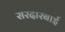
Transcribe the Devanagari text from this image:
सरदारबाई